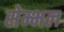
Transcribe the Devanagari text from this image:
सेम्भल